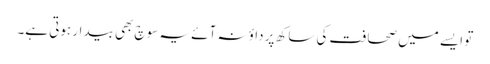
تو ایسے میں صحافت کی ساکھ پر داؤ نہ آئے یہ سوچ بھی بیدار ہوتی ہے۔